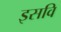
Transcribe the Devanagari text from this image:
इसवि